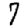
Digit: 7